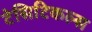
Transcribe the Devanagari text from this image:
टेसिटिकल्स